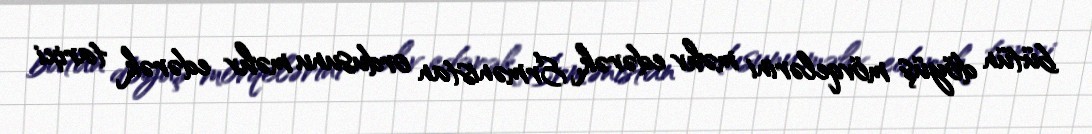
bütün döyüş mövqelərini məhv edərək, Ermənistan ordusunu məhv edərək tarixi